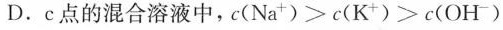
D.c点的混合溶液中，$$c (N a ^ { + }) > c ( K ^ { + } ) > c ( O H ^ { - } )$$